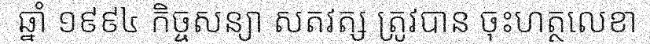
ឆ្នាំ ១៩៩៤ កិច្ចសន្យា សតវត្ស ត្រូវបាន ចុះហត្ថលេខា